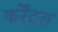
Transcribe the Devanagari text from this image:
कर्रेंट्स